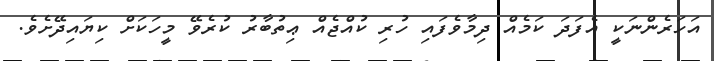
އަހަރެންނަކީ އެފަދަ ކަމެއް ދިމާވެފައި ހުރި ކުއްޖެއް ޢިތުބާރު ކުރެވޭ މީހަކަށް ކިޔައިދޭށެވެ.